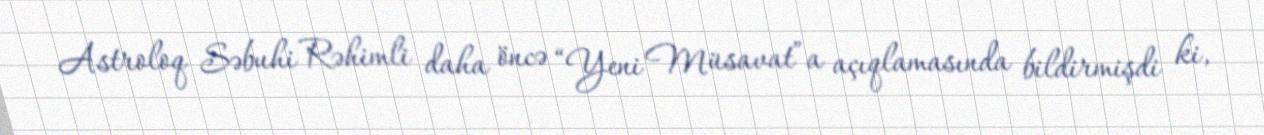
Astroloq Səbuhi Rəhimli daha öncə “Yeni Müsavat”a açıqlamasında bildirmişdi ki,